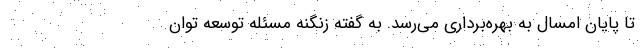
تا پایان امسال به بهره‌برداری می‌رسد. به گفته زنگنه مسئله توسعه توان